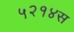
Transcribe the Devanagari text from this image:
५२१४स